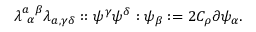
\lambda _ { ~ \alpha } ^ { a ~ \beta } \lambda _ { a , \gamma \delta } : : \psi ^ { \gamma } \psi ^ { \delta } : \psi _ { \beta } : = 2 C _ { \rho } \partial \psi _ { \alpha } .